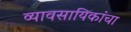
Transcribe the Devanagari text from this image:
व्यावसायिकांचा